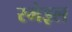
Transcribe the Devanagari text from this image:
स्मेइल